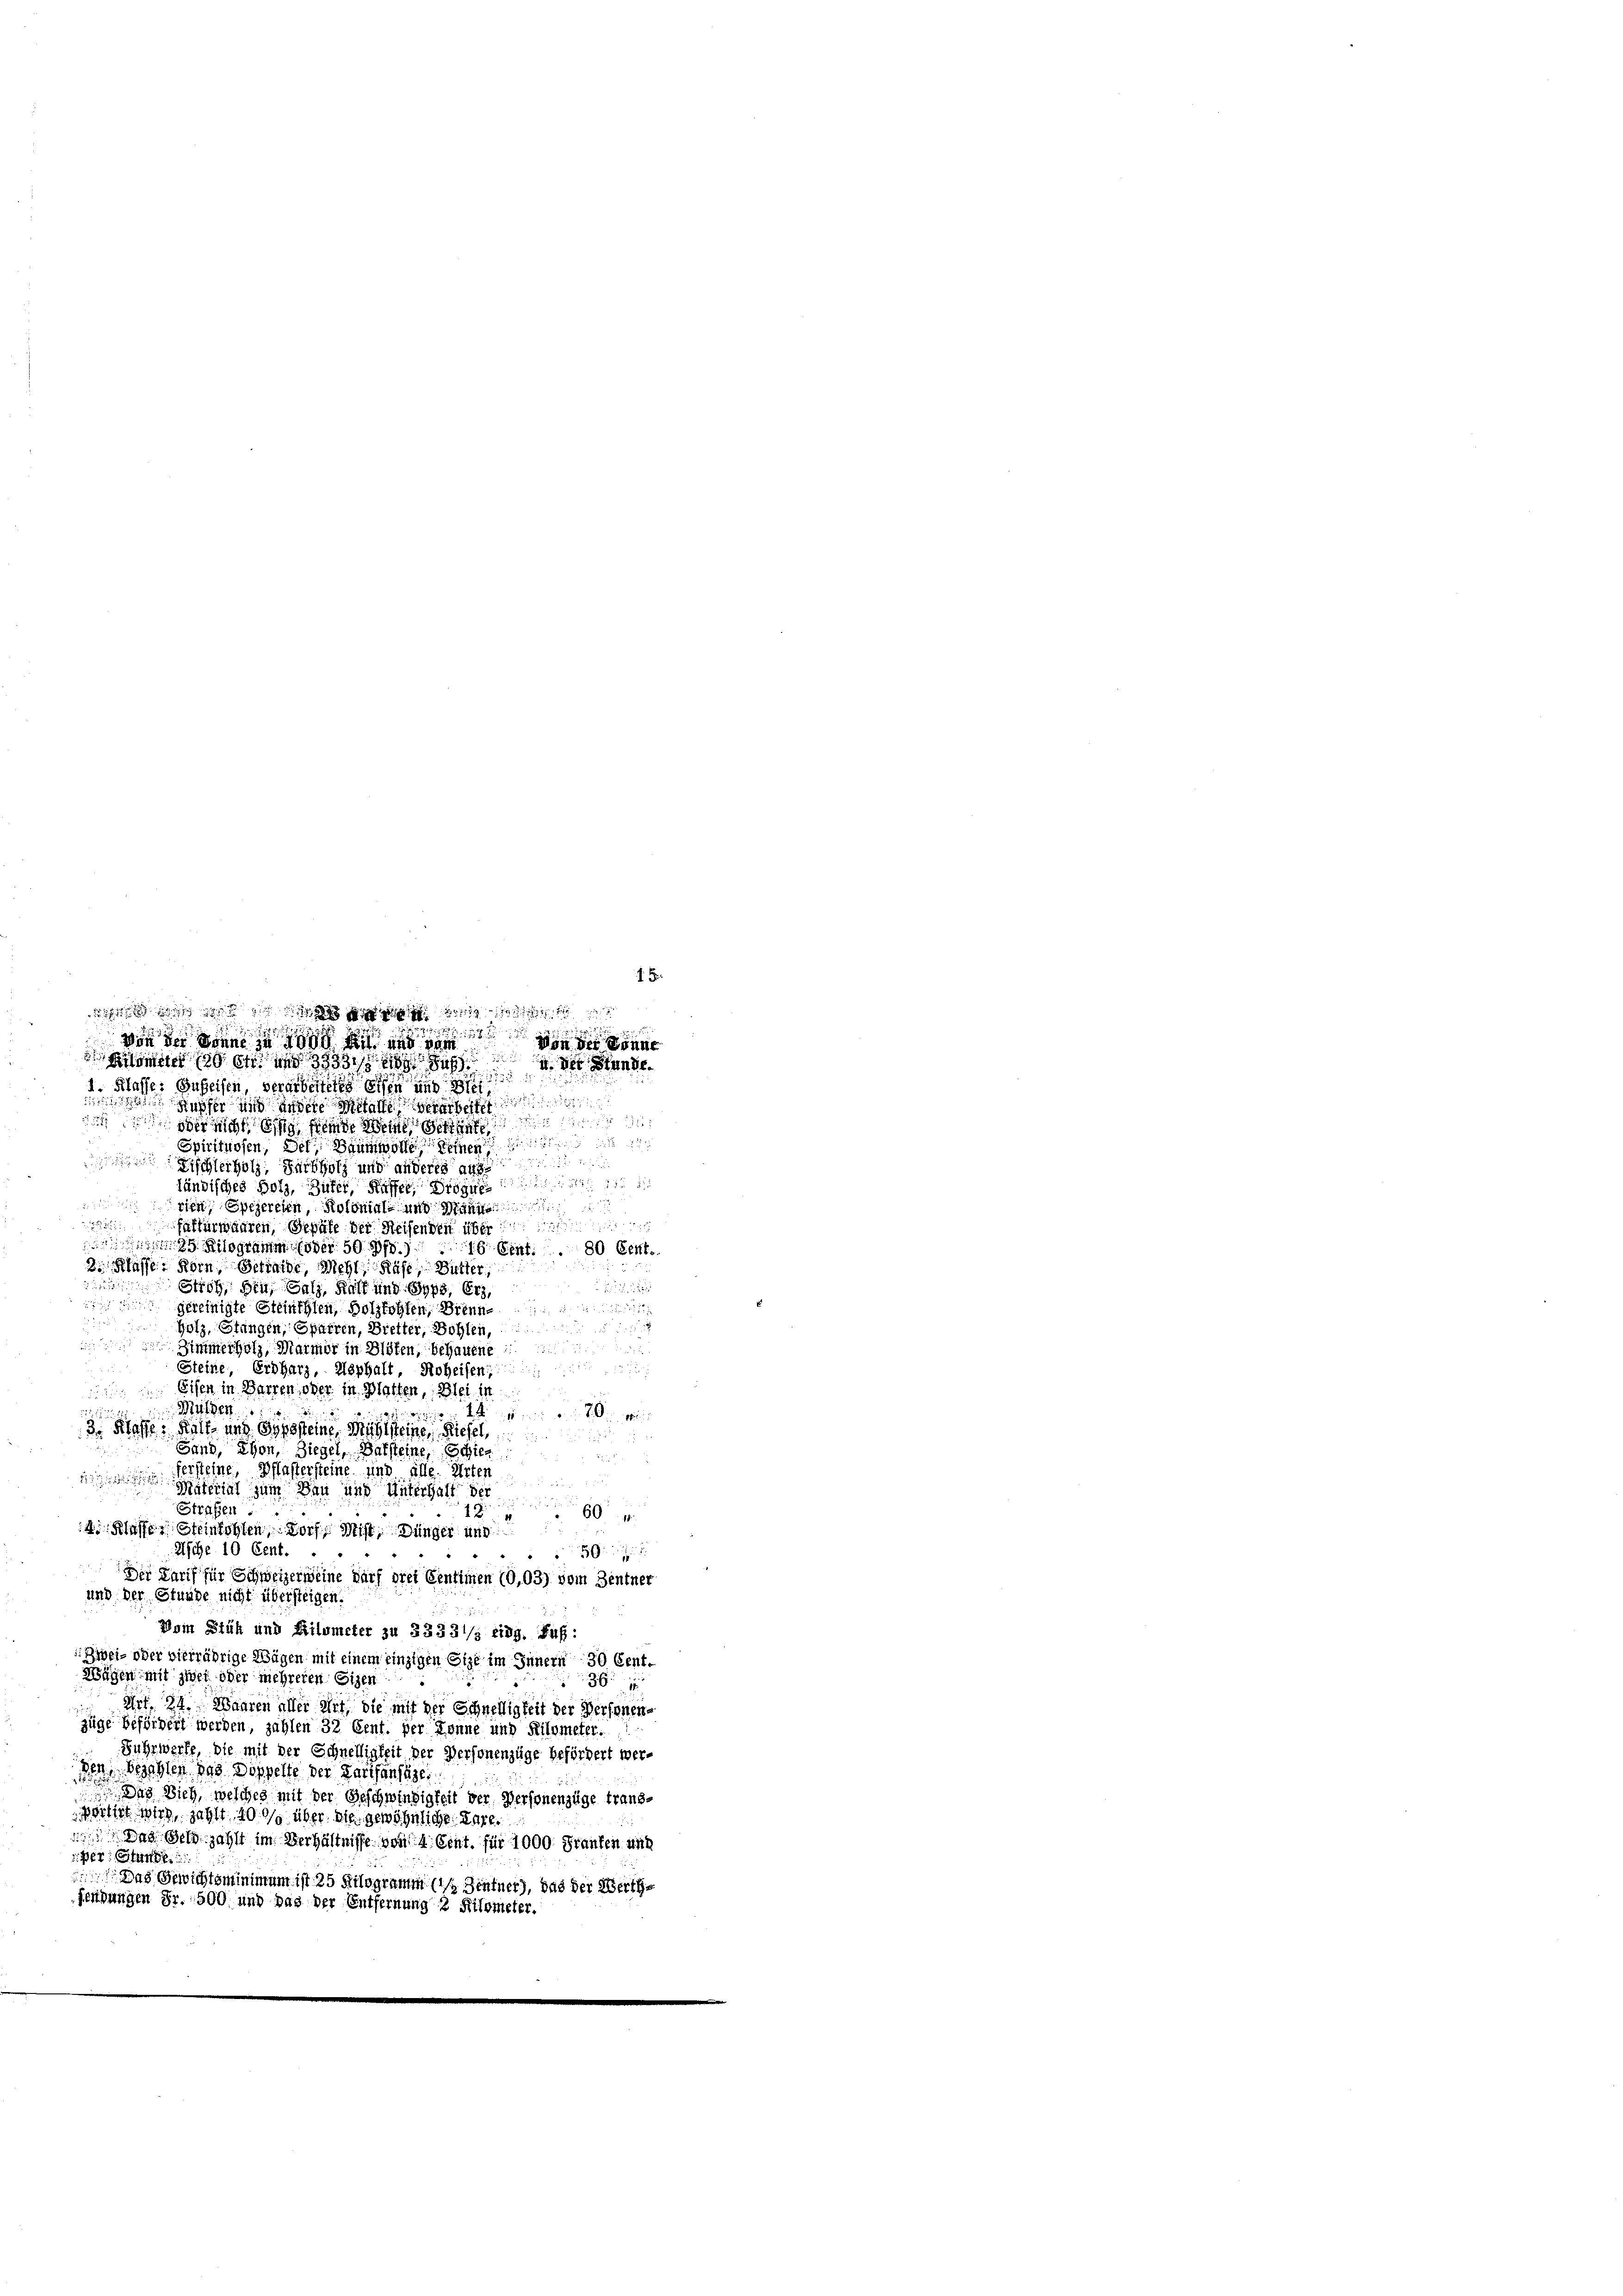
von der den und ve
Klasse: Geheisen verarbeitetes Eisen und
 h i
 er nicht bin feinde Weise ge
Spirituosen, Del, Baumwolle einen die

Fischterholz, Farbholz und anderes aus
ländisches Holz, Zufer, Kuffer, Siegen
rien, Spezereien, Kolonial- und Männe
faftürwahren, Gepähe der Reisenden über
25 Kilogramm (oder 50. 75.)
1680 Echt
Klasse Korn, Betraide, Mehl, Rase, Butter,
Stroh, den Salz, Kalt und Syps, Erz,
gereinigte Steinthien, Holzfohlen, Brenne
Holz, Stangen, Sparren, Bietter, Bohlen,
Zimmerholz, Marmor in Blöfen, behauene
Steine, Erdharz, Asphalt, Roheifen
Eisen in Barren oder in Blatten, Blei in
Müssen
  ist mit ein bei sein
3. Klasse & Kalk- und Gypssteine Mühlsteinen Kiefel,
Gand, Ehen, Ziegel, Balsteine, Schie
fersteine, Pflastersteine und alle. Arten
Mithat zum Dann und Unterhalt der
Strafen . .
18
60
4. Klasses Steinkohlen Dorf, Mist. Jünger und
Asche 10 Cent.

Der Tarif für Schweizer eine darf drei Centimen 10,03) vom Zentner
und der Stunde nicht übersteigen.
Vom Stüh und Kilometer zu 3333 1/2 Eidg. Fuß:
Zwei- oder vierräbrige Wägen mit einem einzigen Eise im Innern 30 Cent.
Wägen mit zwei oder mehreren Sizen
36
Art. 24. Waaren aller Art, die mit der Schnelligkeit der Personens
züge befördert werden, zählen 32 Cent. Der Donne und Kilometer.
Fuhrwerfe, die mit der Schnelligkeit der Personenzüge befördert werden bezahlen das Doppelte der Parthansagen
 Das Dich, welches mit der Geschwindigkeit der Personenzüge transortirt wird, zahlt 400 über die gewöhnliche Kare¬
 Das Selzahlt im Verhältnisse von 4. Cent. für 1000. Franken und
iper. Stande
 Das Gewichtsminimum ist 25 Kilogramm ( Zentner), das der Werthfendungen Fr. 509 und das der Entfernung 2 Kilometer

id es den
 Kilometer den und 3333. ein zu der Stande

1 Fr.

 in der Sonne